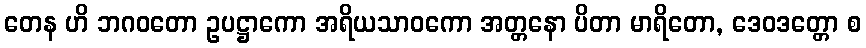
တေန ဟိ ဘဂဝတော ဥပဋ္ဌာကော အရိယသာဝကော အတ္တနော ပိတာ မာရိတော, ဒေဝဒတ္တော စ